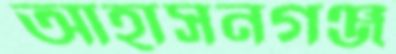
আহাসনগঞ্জ